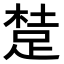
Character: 𨁥